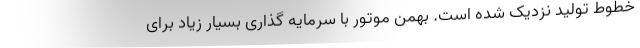
خطوط تولید نزدیک شده است. بهمن موتور با سرمایه گذاری بسیار زیاد برای